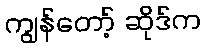
ကျွန်တော့် ဆိုဒ်က